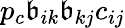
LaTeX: p_{c}\mathfrak{b}_{ik}\mathfrak{b}_{kj}c_{ij}